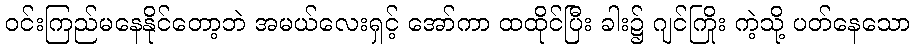
ဝင်းကြည်မနေနိုင်တော့ဘဲ အမယ်လေးရှင့် အော်ကာ ထထိုင်ပြီး ခါး၌ ဂျင်ကြိုး ကဲ့သို့ ပတ်နေသော